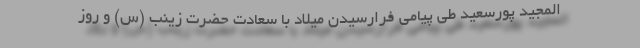
المجید پورسعید طی پیامی فرارسیدن میلاد با سعادت حضرت زینب (س) و روز